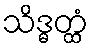
သိဒ္ဓတ္ထံ